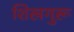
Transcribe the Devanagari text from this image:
शिखगुरू